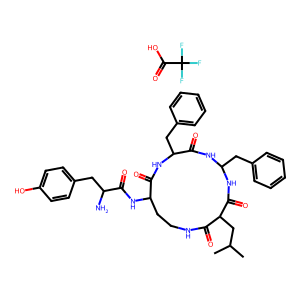
SMILES: CC(C)CC1C(=O)NCCC(NC(=O)C(N)Cc2ccc(O)cc2)C(=O)NC(Cc2ccccc2)C(=O)NC(Cc2ccccc2)NC1=O.O=C(O)C(F)(F)F
Inhibits HIV replication: No